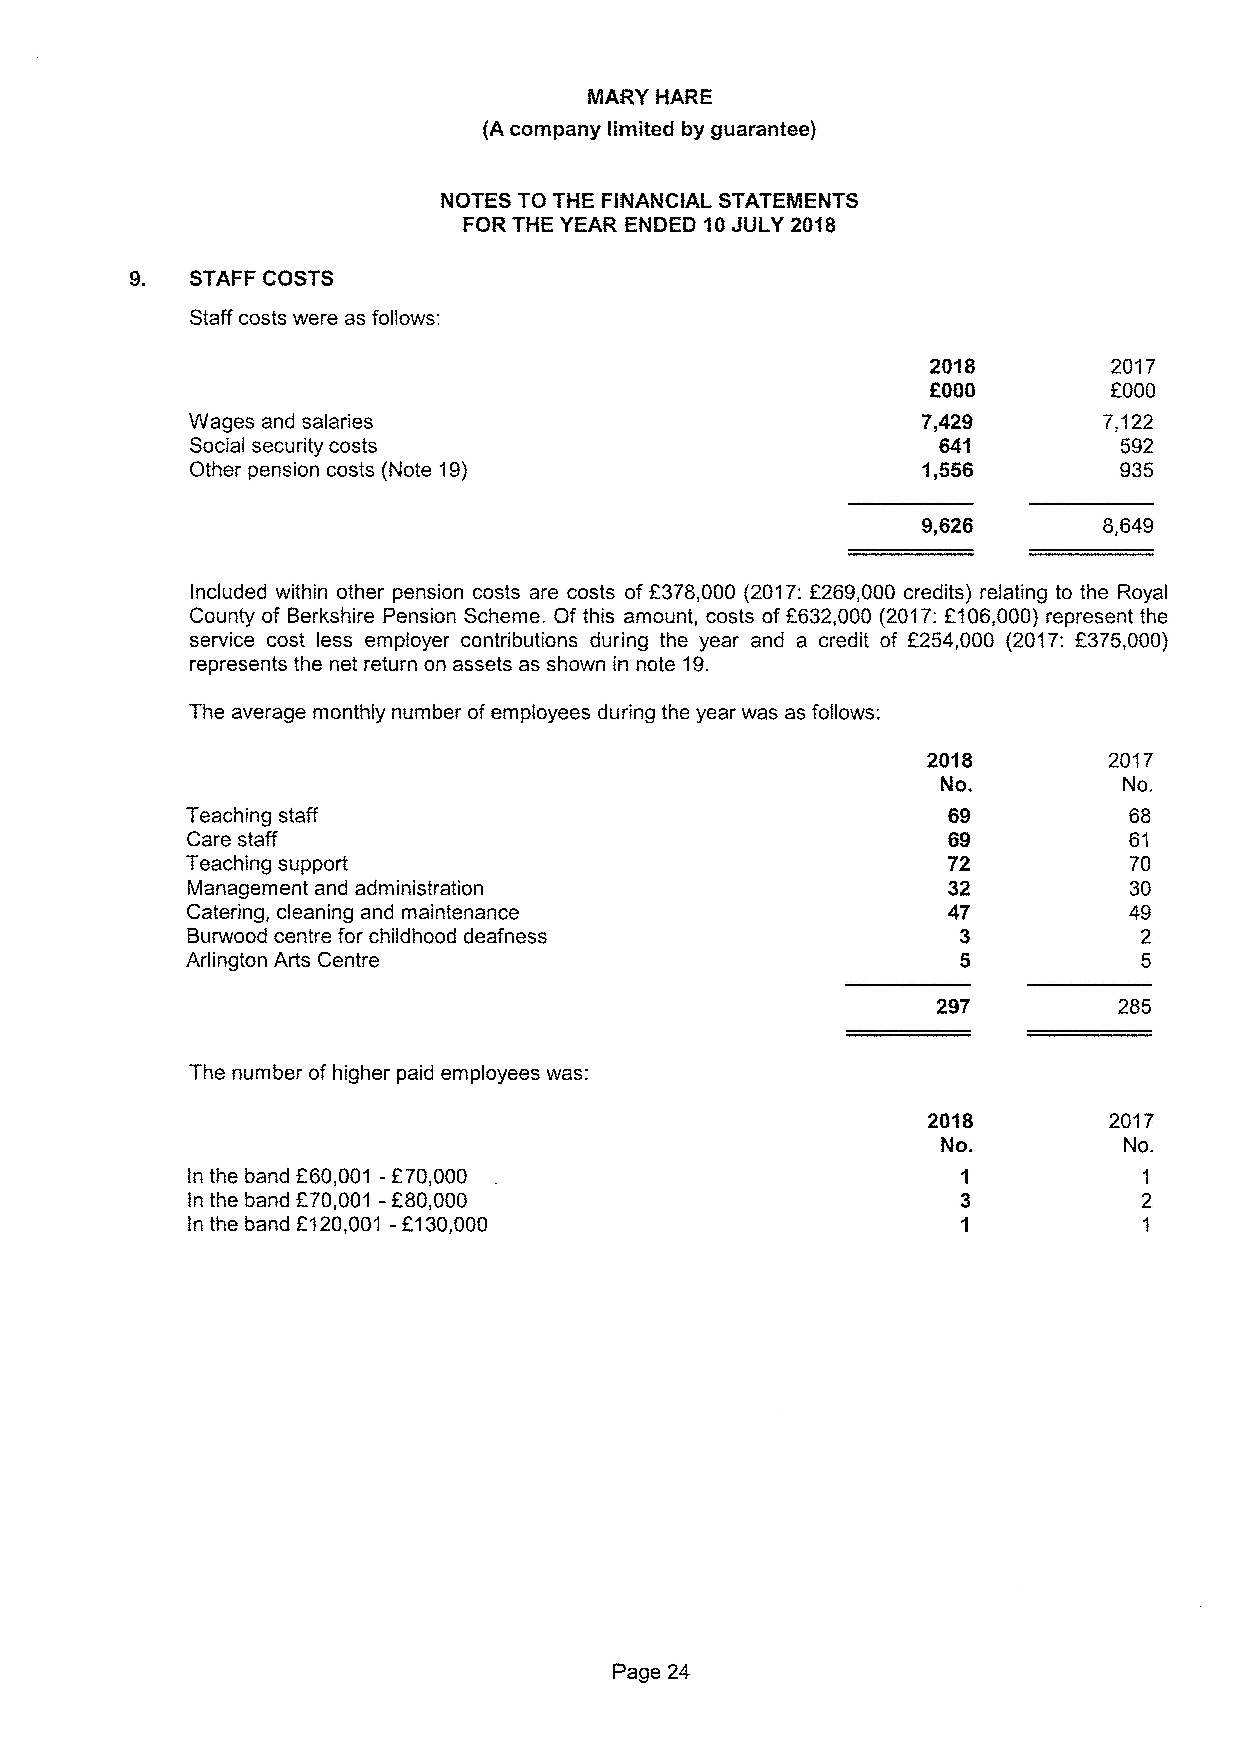
MARY HARE
 (Acompany limited by guarantee)
 9.  STAFF COSTS
 Staff costs were as follows:
 2018        2017
 f000
 EQQQ
 Wages and salaries                              7,429       7,122
 Social security costs                            641         592
 Other pension costs (Note 19)                   1,556        935
 Included within other pension costs are costs of f378,000 (2017:f269,000 credits) relating to the Royal
 County of Berkshire Pension Scheme. Of this amount, costs of 6632,000 (2017:F106,000) represent the
 service cost less employer contributions during the year and a credit of 2254,000 (2017: f375,000)
 represents the net return on assets as shown in note 19.
 The average monthly number ofemployees during the year was as follows:
 20"l8       2017
 No.         No.
 Teaching staff                                     69          68
 Care staff                                         69          61
 Teaching support                                   72          70
 Management and administration                      32          30
 Catering, cleaning and maintenance                 47          49
 Burwood centre for childhood deafness               3           2
 Arlington Arts Centre                               5           5
 285
 The number of higher paid employees was:
 2018        2Q17
 No.         No.
 In the band 660,001 -E?0,000                        1           1
 ln the band F?0,001 -f80,000                        3           2
 In the band F120,001 -2130,000                      1           1
 Page 24